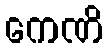
ကေဏိ